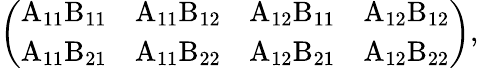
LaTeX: \left(\begin{array}{llll}{\mathrm{A_{11}B_{11}}}&{\mathrm{A_{11}B_{12}}}&{\mathrm{A_{12}B_{11}}}&{\mathrm{A_{12}B_{12}}}\\ {\mathrm{A_{11}B_{21}}}&{\mathrm{A_{11}B_{22}}}&{\mathrm{A_{12}B_{21}}}&{\mathrm{A_{12}B_{22}}}\end{array}\right),